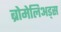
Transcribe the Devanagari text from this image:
ब्रोमेलिअड्स